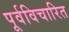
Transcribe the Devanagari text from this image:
पूर्वविचारित